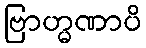
ဗြာဟ္မဏာပိ